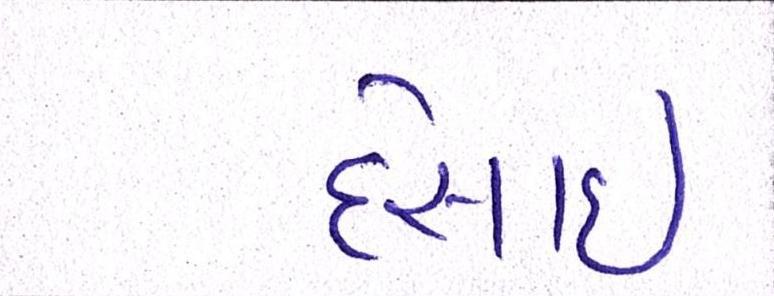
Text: દેસાઇ